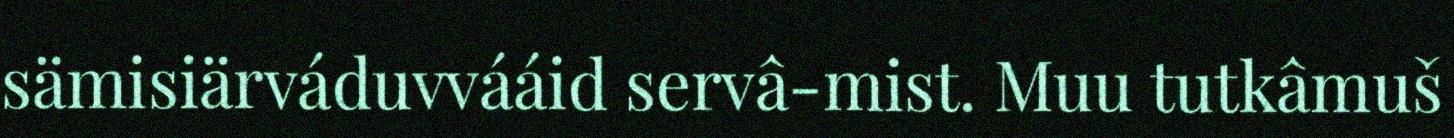
sämisiärváduvvááid servâ-mist. Muu tutkâmuš